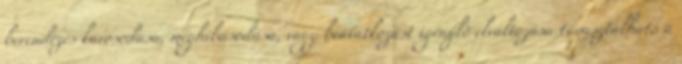
berendezés károsodása, meghibásodása, vagy beavatkozást igénylõ elváltozása tapasztalható a